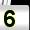
Digit: 5